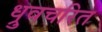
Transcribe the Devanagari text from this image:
ध्रुवचरित